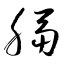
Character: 膈